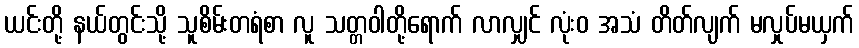
ယင်းတို့ နယ်တွင်းသို့ သူစိမ်းတရံစာ လူ သတ္တဝါတို့ရောက် လာလျှင် လုံးဝ အသံ တိတ်လျက် မလှုပ်မယှက်